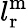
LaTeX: l_{\mathrm{r}}^{\mathrm{m}}